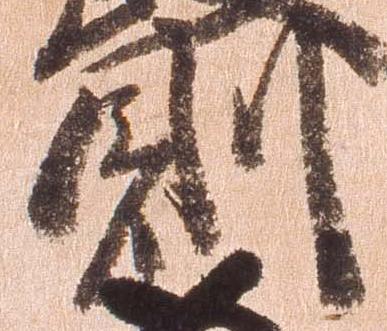
則